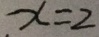
x = 2